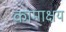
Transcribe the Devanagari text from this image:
कामाक्षय